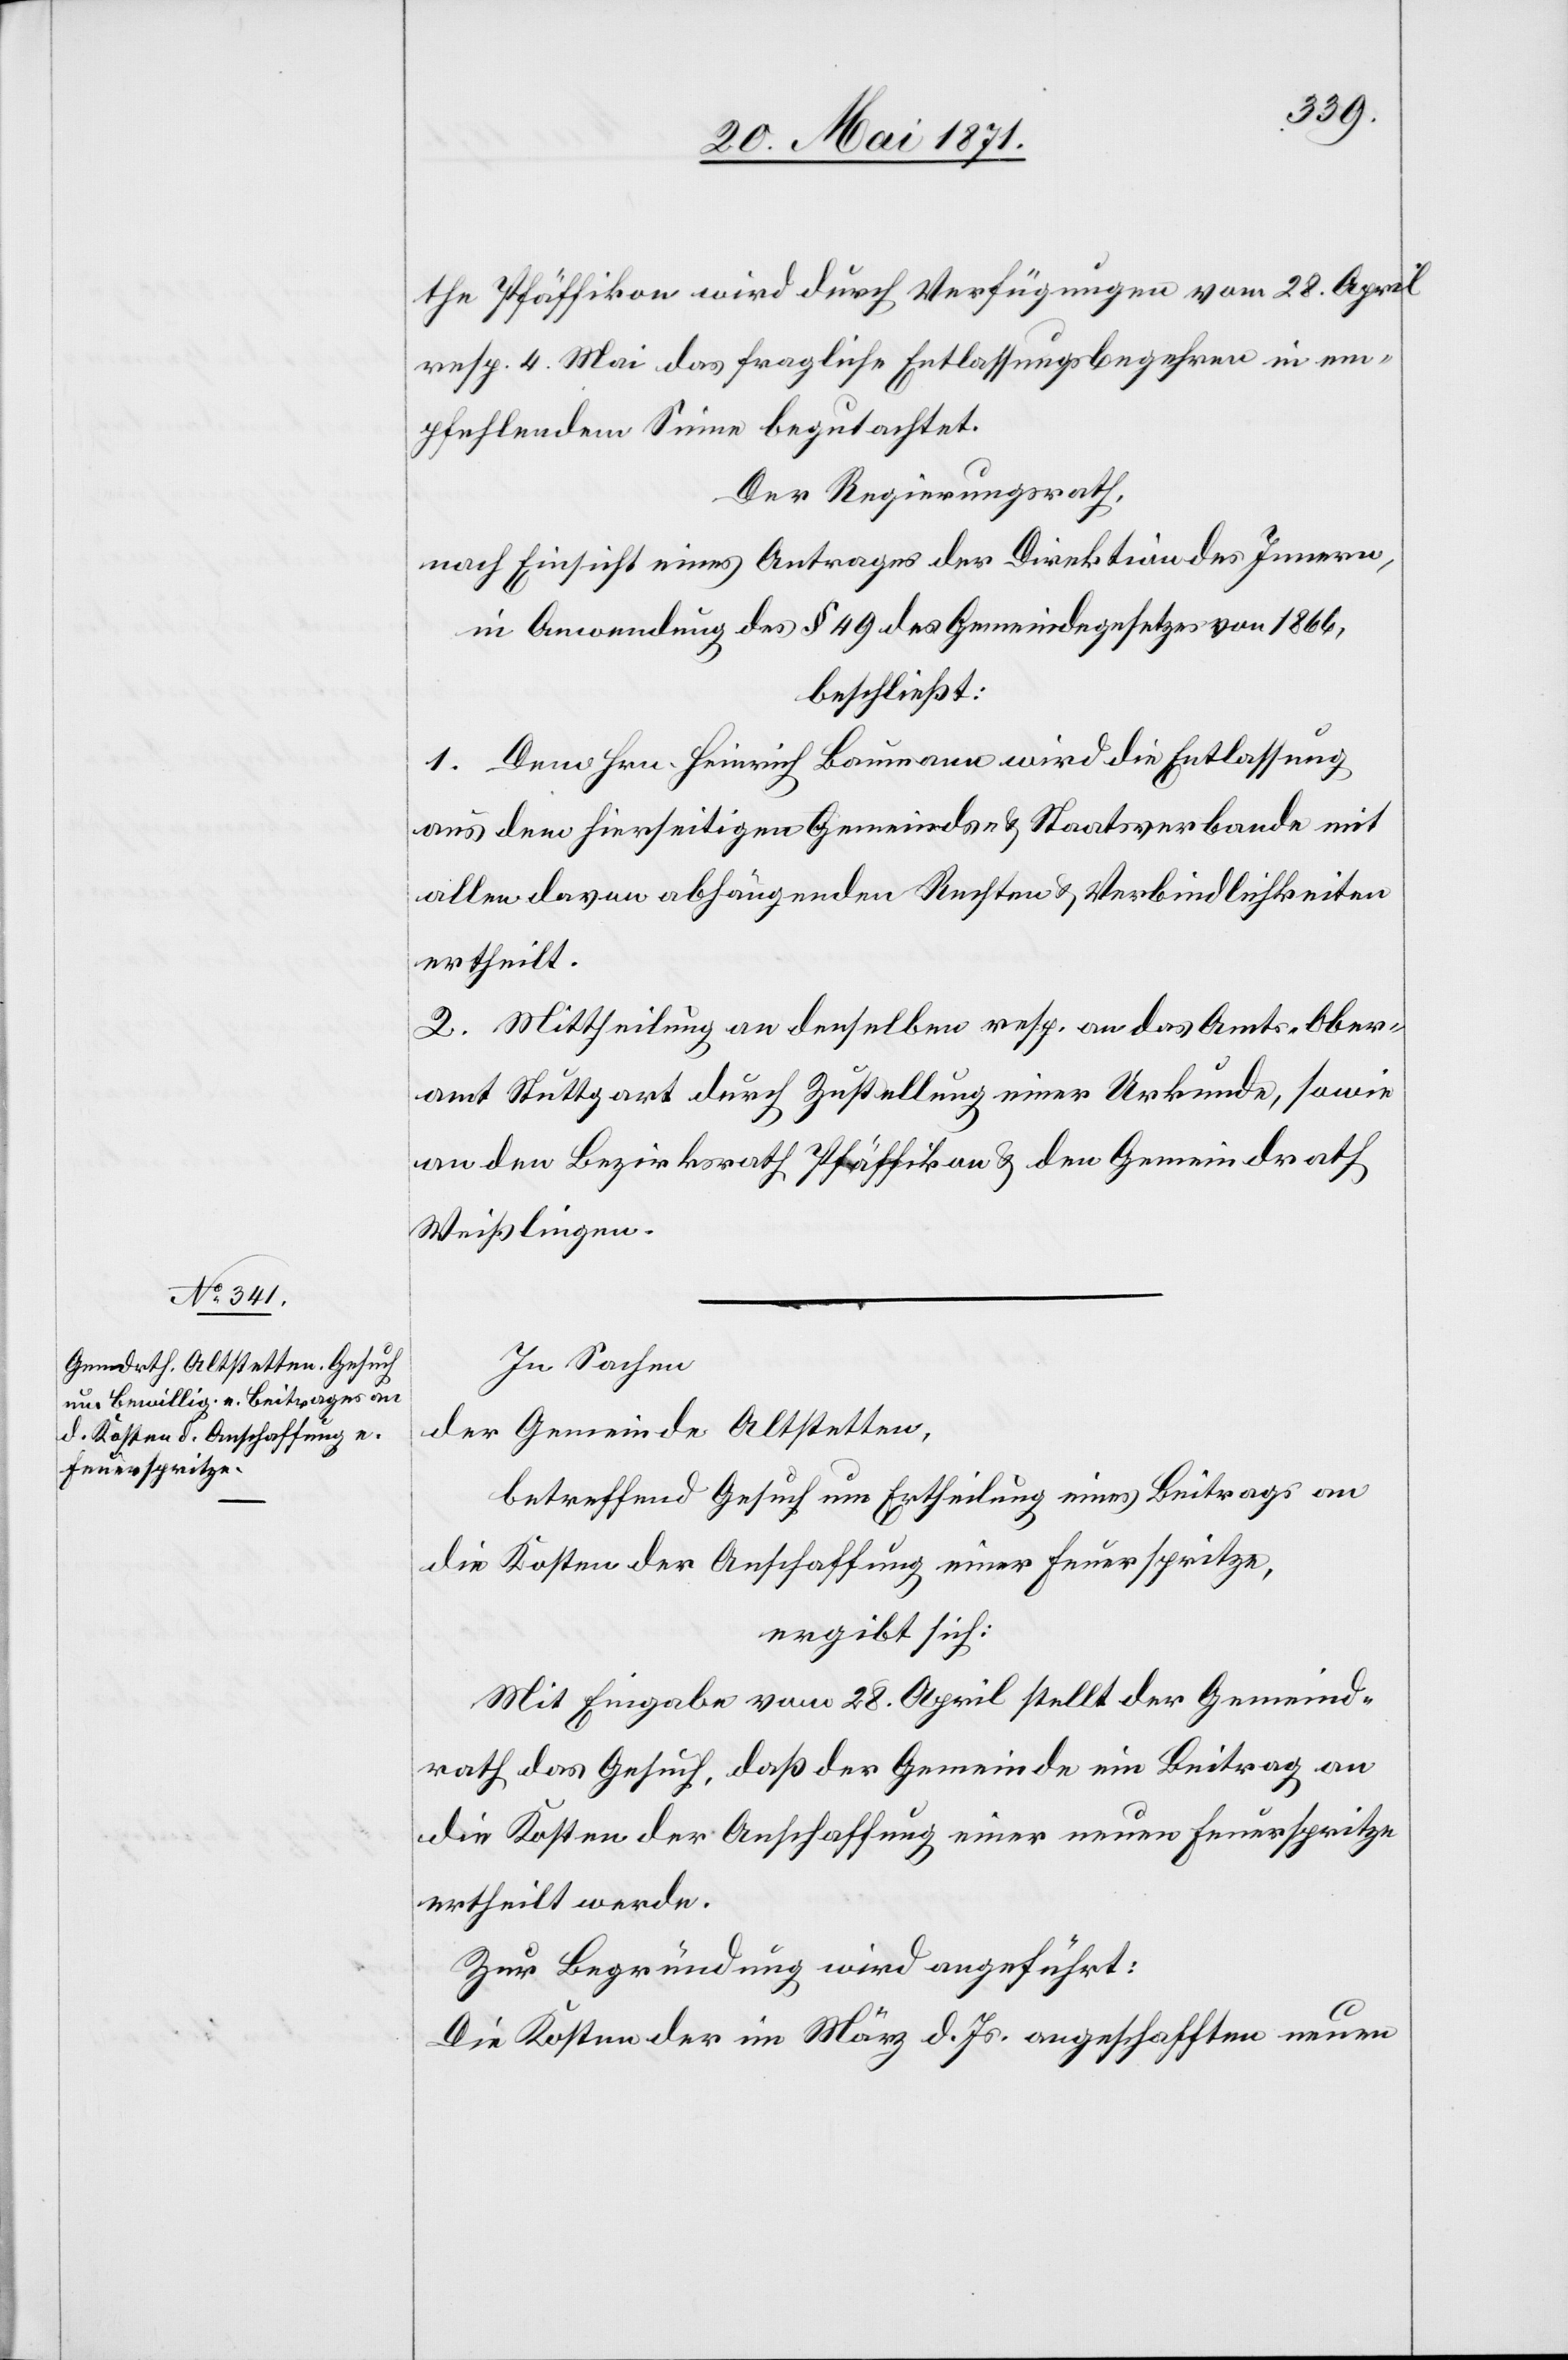
the Pfäffikon wird durch Verfügung vom 28. April
resp. 4. Mai das fragliche Entlassungsbegehren in em¬
pfehlendem Sinne begutachtet.
Der Regierungsrath,
nach Einsicht eines Antrages der Direktion des Innern,
in Anwendung des § 49 des Gemeindegesetzes von 1866,
beschließt:
1. Dem Hrn. Heinrich Baumann wird die Entlassung
aus dem hierseitigen Gemeinds- u. Staatsverbande mit
allen davon abhängenden Rechten u. Verbindlichkeiten
ertheilt.
2. Mittheilung an denselben resp. an das Amt-Ober¬
amt Stuttgart durch Zustellung einer Urkunde, sowie
an den Bezirksrath Pfäffikon u. den Gemeindrath
Weißlingen.
In Sachen
der Gemeinde Altstetten,
betreffend Gesuch um Ertheilung eines Beitrags an
die Kosten der Anschaffung einer Feuerspritze,
ergibt sich:
Mit Eingabe vom 28. April stellt der Gemeind¬
rath das Gesuch, daß der Gemeinde ein Beitrag an
die Kosten der Anschaffung einer neuen Feuerspritze
ertheilt werde.
Zur Begründung wird angeführt:
Die Kosten der im März d. Js. angeschafften neuen